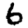
Digit: 6